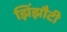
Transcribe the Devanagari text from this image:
झिंझौटी